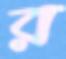
র